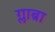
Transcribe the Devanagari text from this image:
ग्लाब्रा